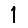
Digit: 1